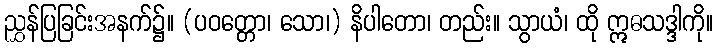
ညွှန်ပြခြင်းအနက်၌။ (ပဝတ္တော၊ သော၊) နိပါတော၊ တည်း။ သွာယံ၊ ထို ဣဓသဒ္ဒါကို။